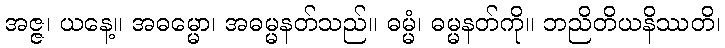
အဇ္ဇ၊ ယနေ့။ အဓမ္မော၊ အဓမ္မနတ်သည်။ ဓမ္မံ၊ ဓမ္မနတ်ကို။ ဘညိတိယနိဿတိ၊